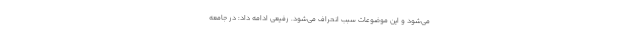
می‌شود و این موضوعات سبب انحراف می‌شود. رفیعی ادامه داد: در جامعه